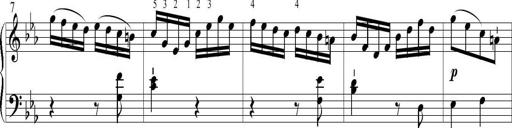
Title: 6 Leichte Sonatinen, Teil 1
Composer: F. Sigismund Sander